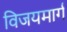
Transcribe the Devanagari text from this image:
विजयमार्ग